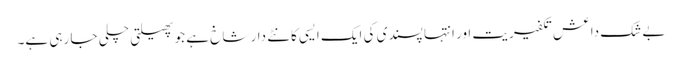
بے شک داعش تکفیریت اور انتہا پسندی کی ایک ایسی کانٹے دار شاخ ہے جو پھیلتی چلی جا رہی ہے۔